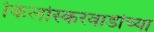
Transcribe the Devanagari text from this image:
किर्लोस्करवाडीच्या